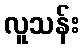
လူသန်း